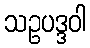
သဥပဒ္ဒဝါ